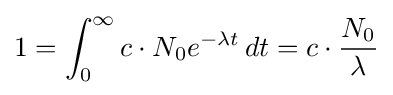
1=\int _{0}^{\infty }c\cdot N_{0}e^{-\lambda t}\,dt=c\cdot {\frac {N_{0}}{\lambda }}